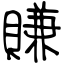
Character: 賺